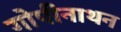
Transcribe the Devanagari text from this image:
गोपीनाथन